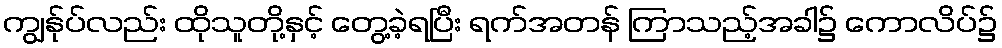
ကျွန်ုပ်လည်း ထိုသူတို့နှင့် တွေ့ခဲ့ရပြီး ရက်အတန် ကြာသည့်အခါ၌ ကောလိပ်၌